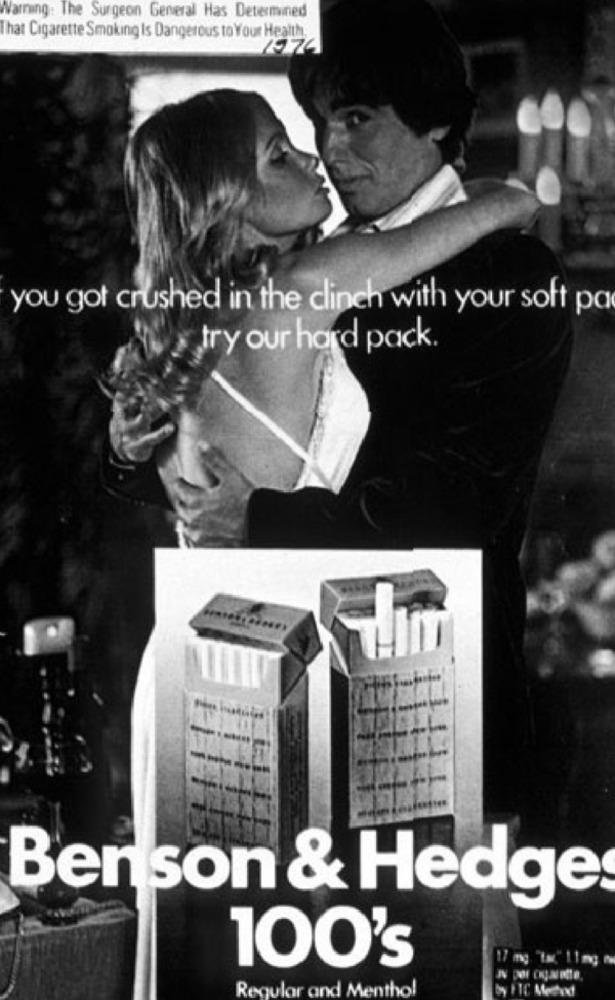
Warning: The Surgeon General Has Determined
That Cigarette Smoking Is Dangerous to Your Health.
you got crushed in the clinch with your soft pa
try our hard pack.
Benson & Hedges
100's
17 mg "tar" 11mg
Regular and Menthol